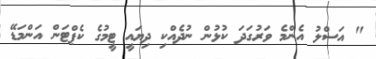
" އަސްލު އެންމެ ވަރުގަދަ ކުޅުން ނުދެއްކި ދިޔައީ ޓީމުގެ ކެޕްޓަން އަންމަޑޭ